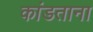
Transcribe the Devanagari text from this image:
कांडताना